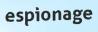
espionage